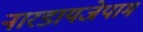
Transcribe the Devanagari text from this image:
नारडायजेपाम